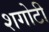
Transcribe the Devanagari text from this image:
शगोटी